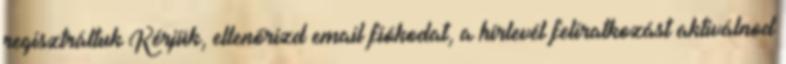
regisztráltuk Kérjük, ellenőrizd email fiókodat, a hírlevél feliratkozást aktiválnod